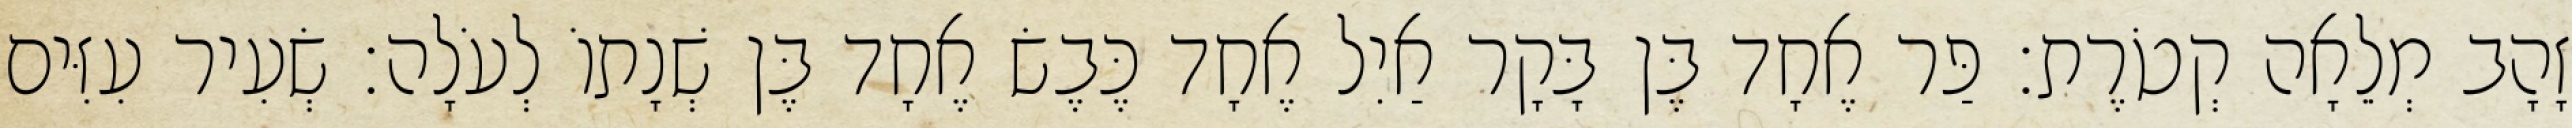
זָהָב מְלֵאָה קְטֹרֶת׃ פַּר אֶחָד בֶּן בָּקָר אַיִל אֶחָד כֶּבֶשׂ אֶחָד בֶּן שְׁנָתוֹ לְעֹלָה׃ שְׂעִיר עִזִּים